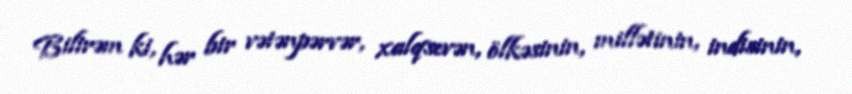
Bilirəm ki, hər bir vətənpərvər, xalqsevən, ölkəsinin, millətinin, indisinin,